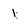
Character: 1